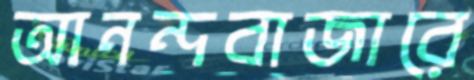
আনন্দবাজারে